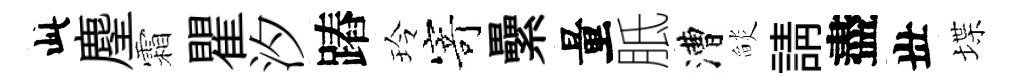
此麈霜瞿汐蹖玲𭔃纍量胝漕𦦨請盡丗堞